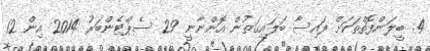
4. ބީލަންފޮތްތަކަށް ފައިސާ ބަލައިގަތުން އޮންނާނީ 29 ސެޕްޓެންބަރު 2014 އިން 12